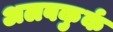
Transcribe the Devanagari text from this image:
अलबकुर्क